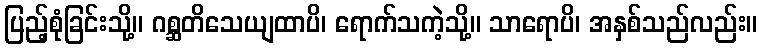
ပြည့်စုံခြင်းသို့။ ဂစ္ဆတိသေယျထာပိ၊ ရောက်သကဲ့သို့။ သာရောပိ၊ အနှစ်သည်လည်း။